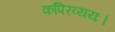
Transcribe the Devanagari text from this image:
कपिरव्ययः।